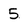
Character: 5